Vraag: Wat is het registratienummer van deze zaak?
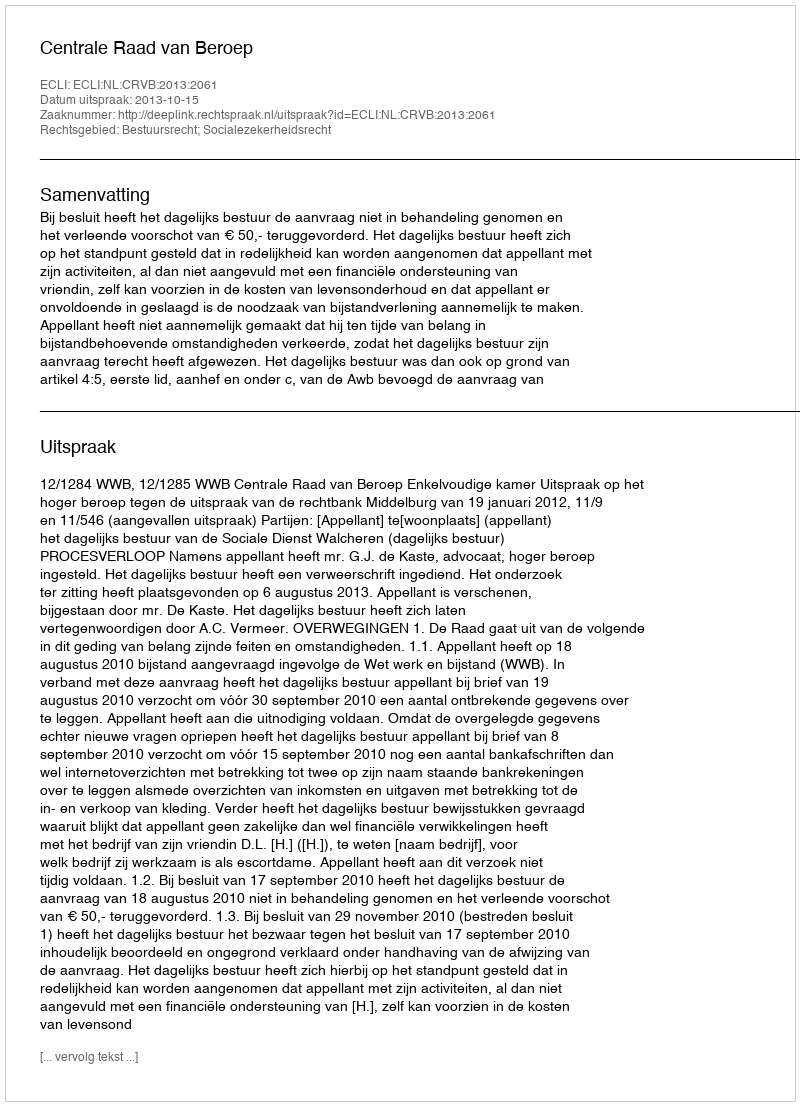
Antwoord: http://deeplink.rechtspraak.nl/uitspraak?id=ECLI:NL:CRVB:2013:2061